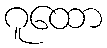
ဂူထော